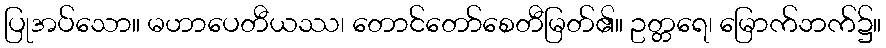
ပြုအပ်သော။ မဟာပေတီယဿ၊ တောင်တော်စေတီမြတ်၏။ ဥတ္တရေ၊ မြောက်ဘက်၌။